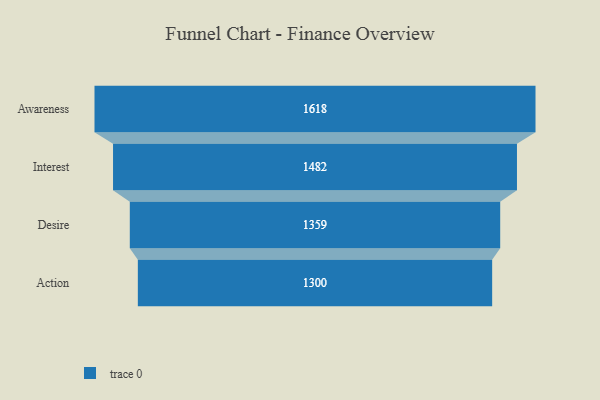
{"axis": {"x": "Stage", "y": "Value"}, "legend": [""], "data": [{"x": "Awareness", "y": 1618.0, "type": ""}, {"x": "Interest", "y": 1482.0, "type": ""}, {"x": "Desire", "y": 1359.0, "type": ""}, {"x": "Action", "y": 1300.0, "type": ""}]}